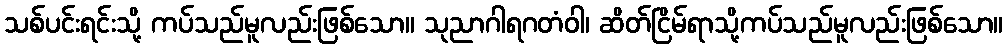
သစ်ပင်းရင်းသို့ ကပ်သည်မူလည်းဖြစ်သော။ သုညာဂါရဂတံဝါ၊ ဆိတ်ငြိမ်ရာသို့ကပ်သည်မူလည်းဖြစ်သော။